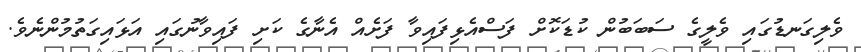
ވެލިގަނޑުގައި ވެލީގެ ސަބަބުން ކުޑަކޮށް ފަސްއެޅިފައިވާ ފަށެއް އެނާގެ ކަށި ފައިވާނުގައި އަޅައިގަތުމުންނެވެ.